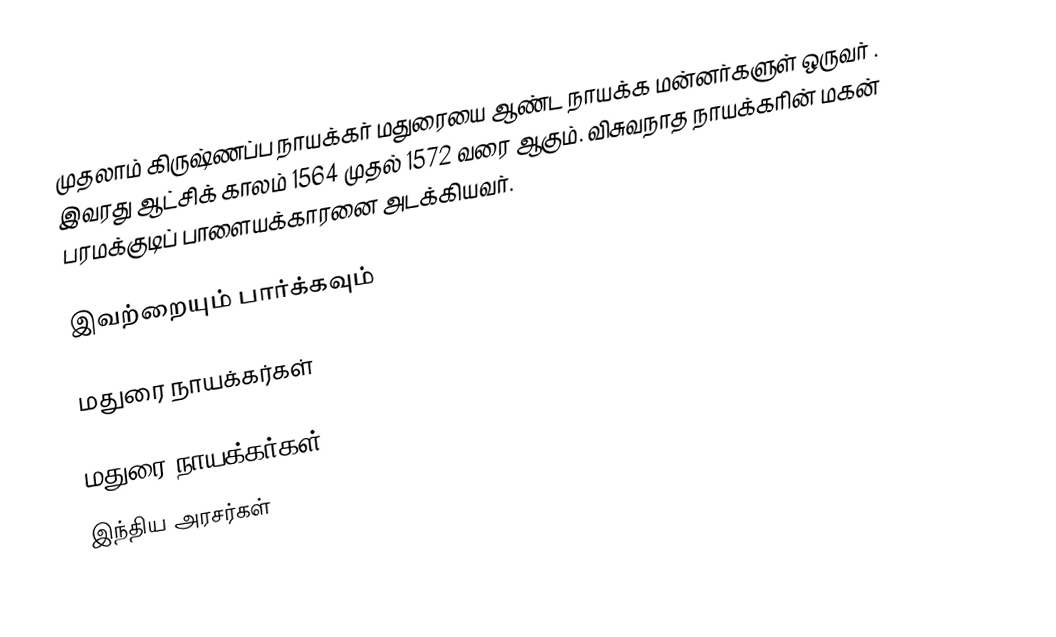
முதலாம் கிருஷ்ணப்ப நாயக்கர் மதுரையை ஆண்ட நாயக்க மன்னர்களுள் ஒருவர் . இவரது  ஆட்சிக் காலம் 1564 முதல் 1572 வரை ஆகும். விசுவநாத நாயக்கரின் மகன்  பரமக்குடிப் பாளையக்காரனை அடக்கியவர்.

இவற்றையும் பார்க்கவும்

 மதுரை நாயக்கர்கள்

மதுரை நாயக்கர்கள்
 இந்திய அரசர்கள்